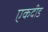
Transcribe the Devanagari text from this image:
एकदीड